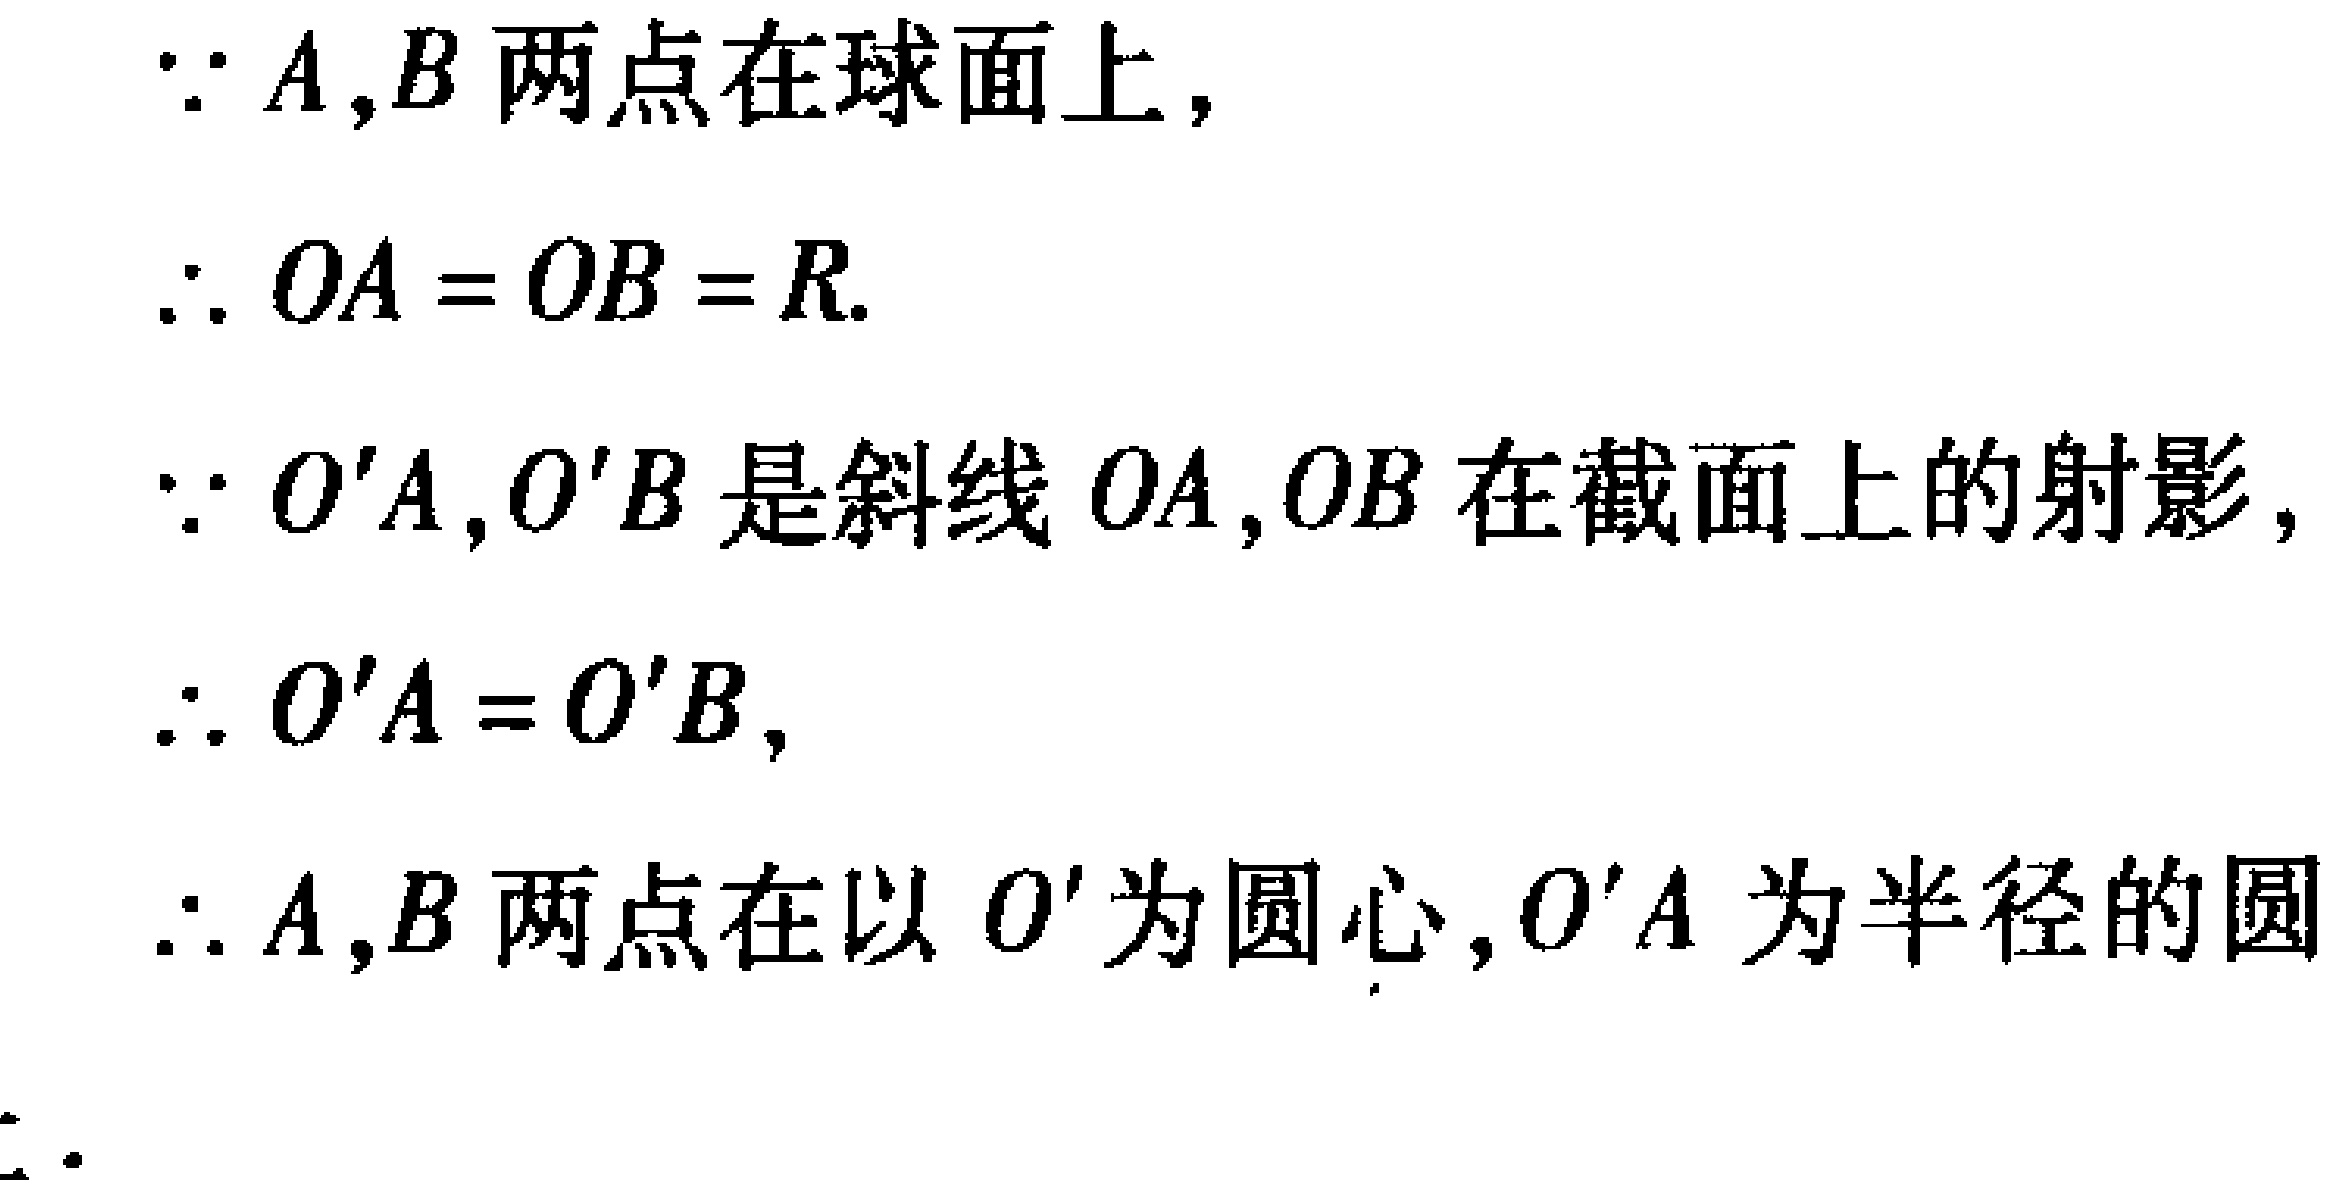
\(
\begin{align*}
&\because A,B\text{ 两点在球面上},\\
&\therefore OA = OB = R.\\
&\because O'A,O'B\text{ 是斜线 }OA,OB\text{ 在截面上的射影},\\
&\therefore O'A = O'B,\\
&\therefore A,B\text{ 两点在以 }O'\text{ 为圆心},O'A\text{ 为半径的圆}\\
\end{align*}
\)